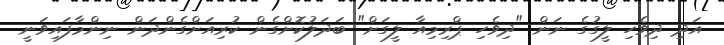
އަދި ދިވެހި ލީގުގެ ނަން "ދިވެހި ޕްރިމިއާ ލީގަށް" ބަދަލުކޮށްގެން ކުރިއަށްގެންދަން ނިންމާފައިވަނީ